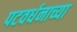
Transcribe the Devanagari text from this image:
पटवर्धनाच्या